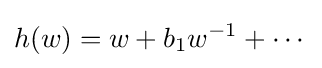
h(w)=w+b_{1}w^{-1}+\cdots